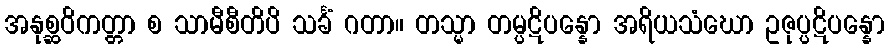
အနုစ္ဆဝိကတ္တာ စ သာမီစီတိပိ သင်္ခံ ဂတာ။ တသ္မာ တမ္ပဋိပန္နော အရိယသံဃော ဥဇုပ္ပဋိပန္နော